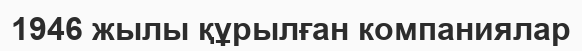
1946 жылы құрылған компаниялар